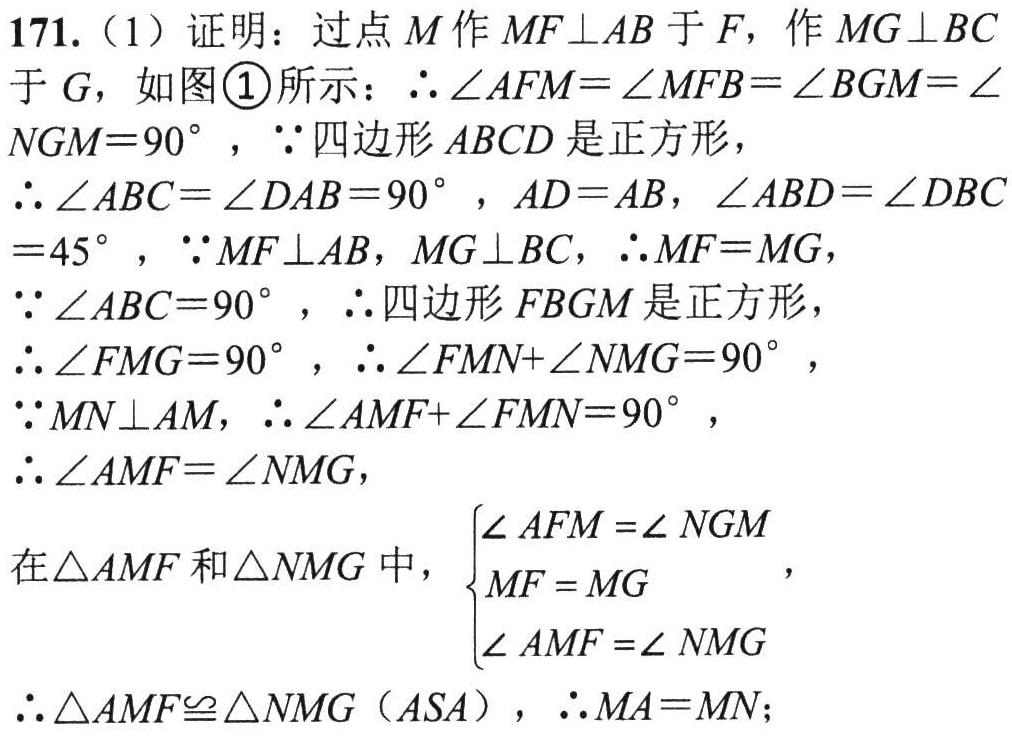
171.（1）证明：过点\(M\)作\(MF\perp AB\)于\(F\)，作\(MG\perp BC\)于\(G\)，如图\textcircled{1}所示：\(\therefore\angle AFM = \angle MFB=\angle BGM=\angle NGM = 90^{\circ}\)，\(\because\)四边形\(ABCD\)是正方形，\(\therefore\angle ABC=\angle DAB = 90^{\circ}\)，\(AD = AB\)，\(\angle ABD=\angle DBC = 45^{\circ}\)，\(\because MF\perp AB\)，\(MG\perp BC\)，\(\therefore MF = MG\)，\(\because\angle ABC = 90^{\circ}\)，\(\therefore\)四边形\(FBGM\)是正方形，\(\therefore\angle FMG = 90^{\circ}\)，\(\therefore\angle FMN+\angle NMG = 90^{\circ}\)，\(\because MN\perp AM\)，\(\therefore\angle AMF+\angle FMN = 90^{\circ}\)，\(\therefore\angle AMF=\angle NMG\)，在\(\triangle AMF\)和\(\triangle NMG\)中，\(\begin{cases}

\angle AFM=\angle NGM\\

MF = MG\\

\angle AMF=\angle NMG

\end{cases}\)，\(\therefore\triangle AMF\cong\triangle NMG\)（\(ASA\)），\(\therefore MA = MN\)；